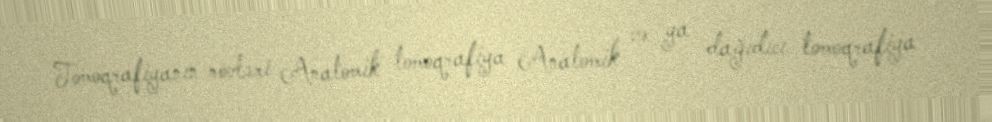
Tomoqrafiyanın növləri Anatomik tomoqrafiya Anatomik və ya dağıdıcı tomoqrafiya